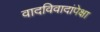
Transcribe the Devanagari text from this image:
वादविवादांपेक्षा